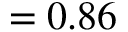
= 0 . 8 6